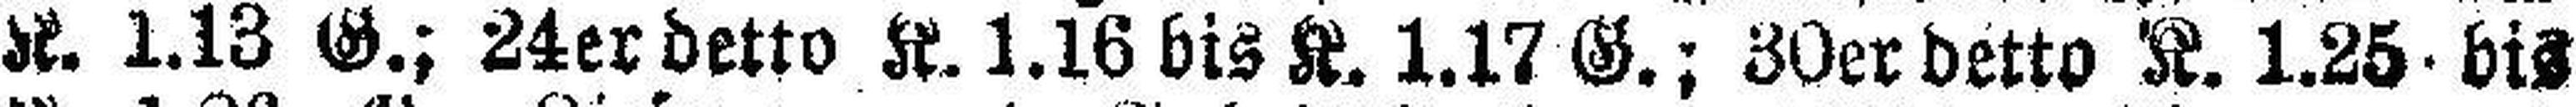
K. 1.13 G.; 24er detto K. 1.16 bis K. 1.17G.; 30er detto K. 1.25 bis